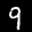
Label: 9